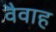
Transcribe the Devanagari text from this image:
वैवाह